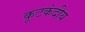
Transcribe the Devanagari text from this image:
कूटकंदीय